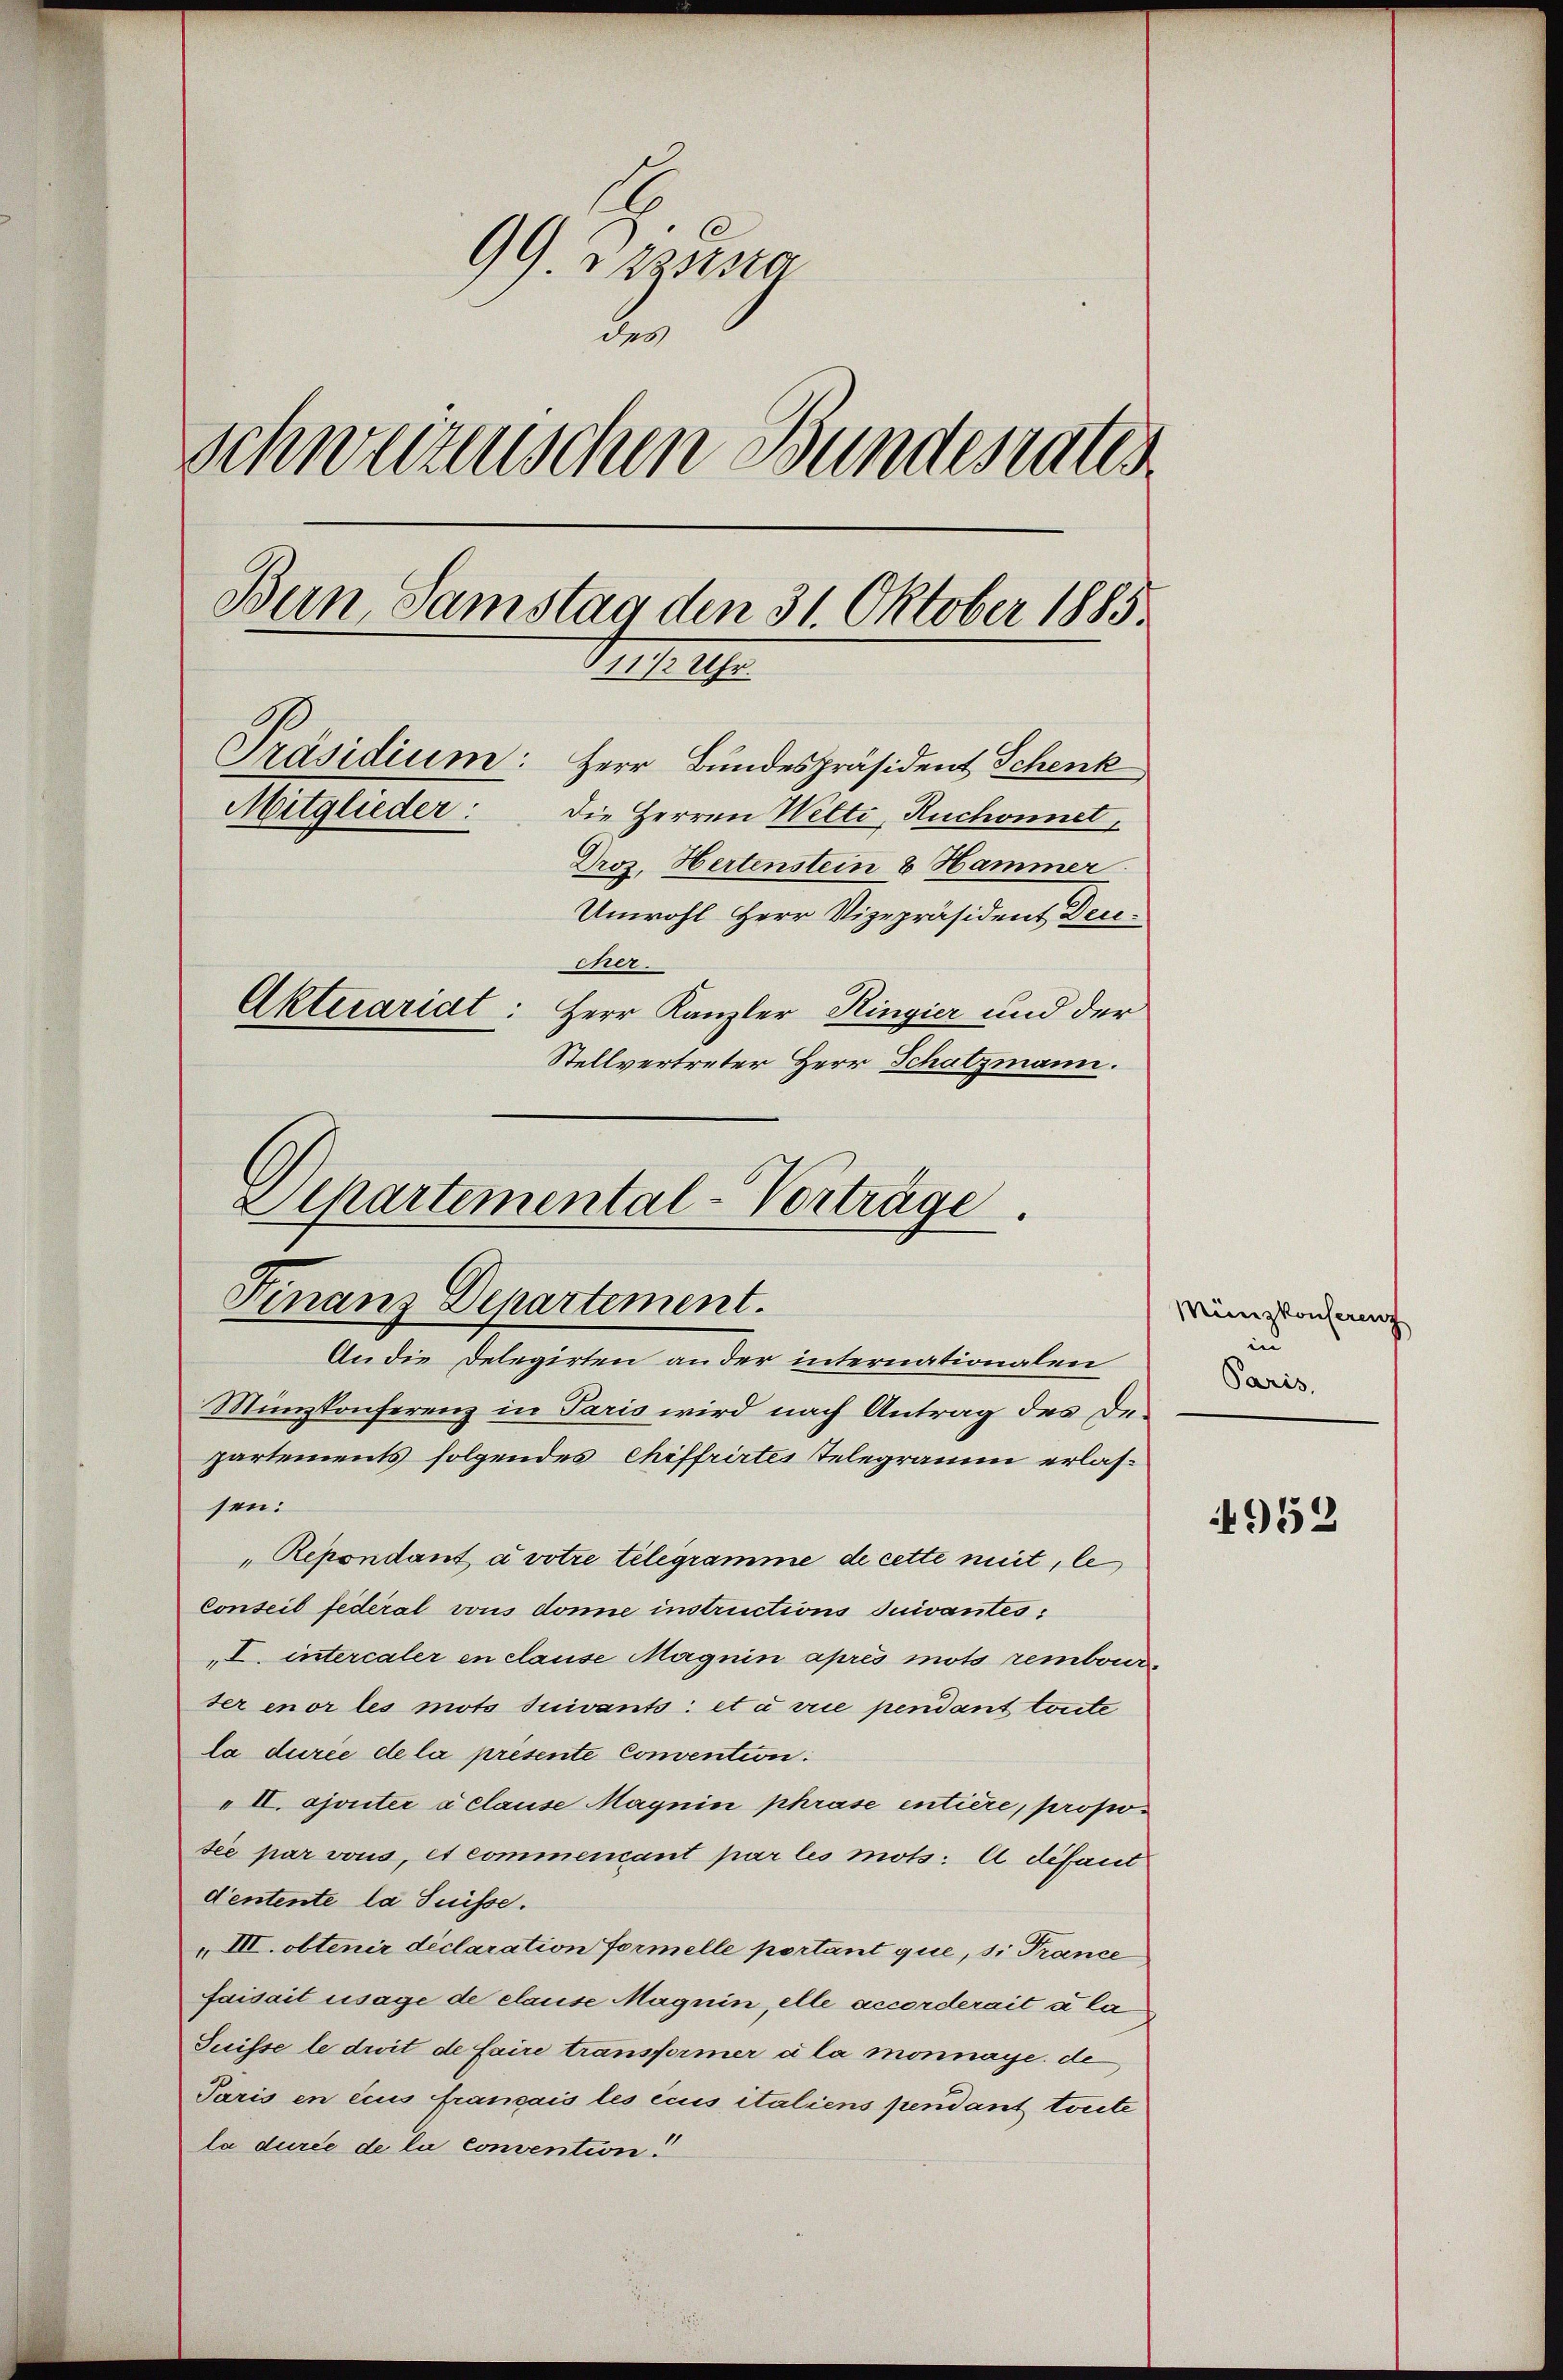
99. Das so
des
Schweizenschen Bundesrates
Bern Samstag den 31. Oktober 1885.
Mitu
Präsidium: Herr Bundespräsident Schenk
Mitglieder:
Die Herren Welti, Ruchonnet,
Droz. Hertenstein 8 Hammer
Unwohl Herr Vizepräsident Deucher.
Aktecariat: Herr Kanzler Ringier und der
Stellvertreter Herr Schatzmann.

Separtemental-Vorträge.
Finanz-Departement.
An die Delegirten an der internationalen

Münzkonferenz in Paris wird nach Antrag des Departements folgendes Chiffrirtes Telegramm erlassen:
Répondant a votre telegramme de cette meit, le
Conseil fédéral vons donne instructions suivantes:
I. intercaler en clause Magnin après mots rembourter enor les mots suivants: et à vrie pendant toute
la durée de la presente Convention.
" II. ajouter à clause Magnie phrase entière, propotée par vons, et commencant par les mots: A défaut
dentente la Suisse.
III. obtenir déclaration formelle portant que, si Trance
faisait usage de clause Magnin, elle accorderait u la
Suisse le droit de faire transformer a la monnaye de
Paris en eius français les écus italiens pendant trete
la durée de la convention!

Münzkonferenz
in
Paris,

4952